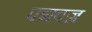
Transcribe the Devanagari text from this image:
पद्मवज्र